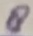
Text: 8